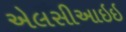
એલસીઆઇઇ